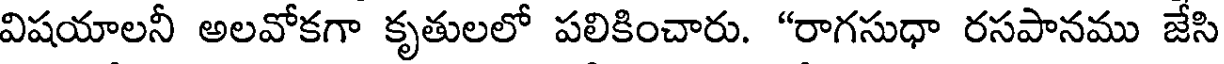
విషయాలనీ అలవోకగా కృతులలో పలికించారు. "రాగసుధా రసపానము జేసి